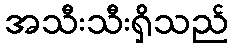
အသီးသီးရှိသည်